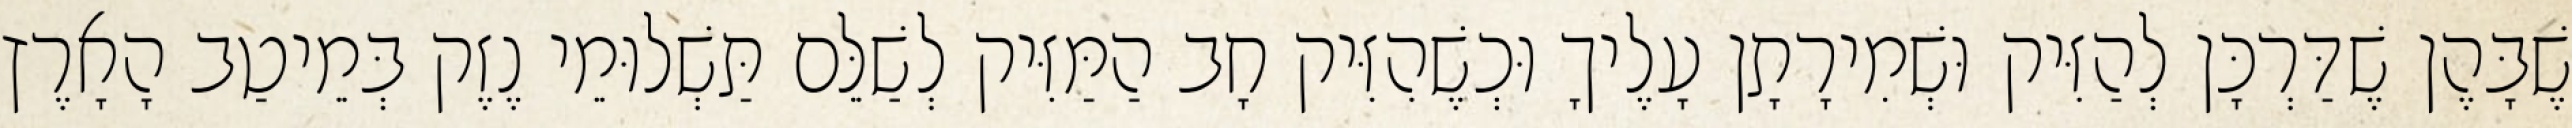
שֶׁבָּהֶן שֶׁדַּרְכָּן לְהַזִּיק וּשְׁמִירָתָן עָלֶיךָ וּכְשֶׁהִזִּיק חָב הַמַּזִּיק לְשַׁלֵּם תַּשְׁלוּמֵי נֶזֶק בְּמֵיטַב הָאָרֶץ